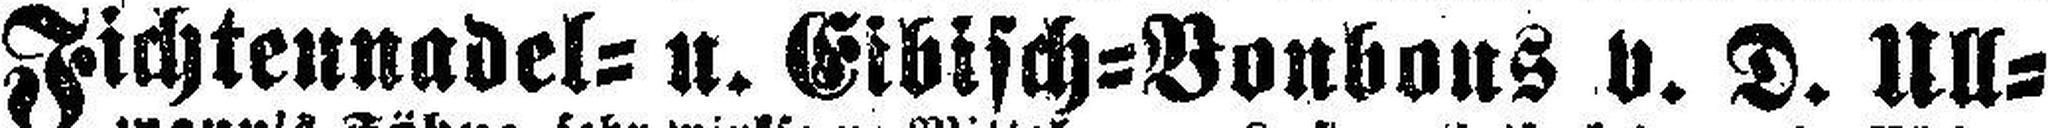
Fichtennadel= u. Eibisch=Bonbons v. D. Ull¬